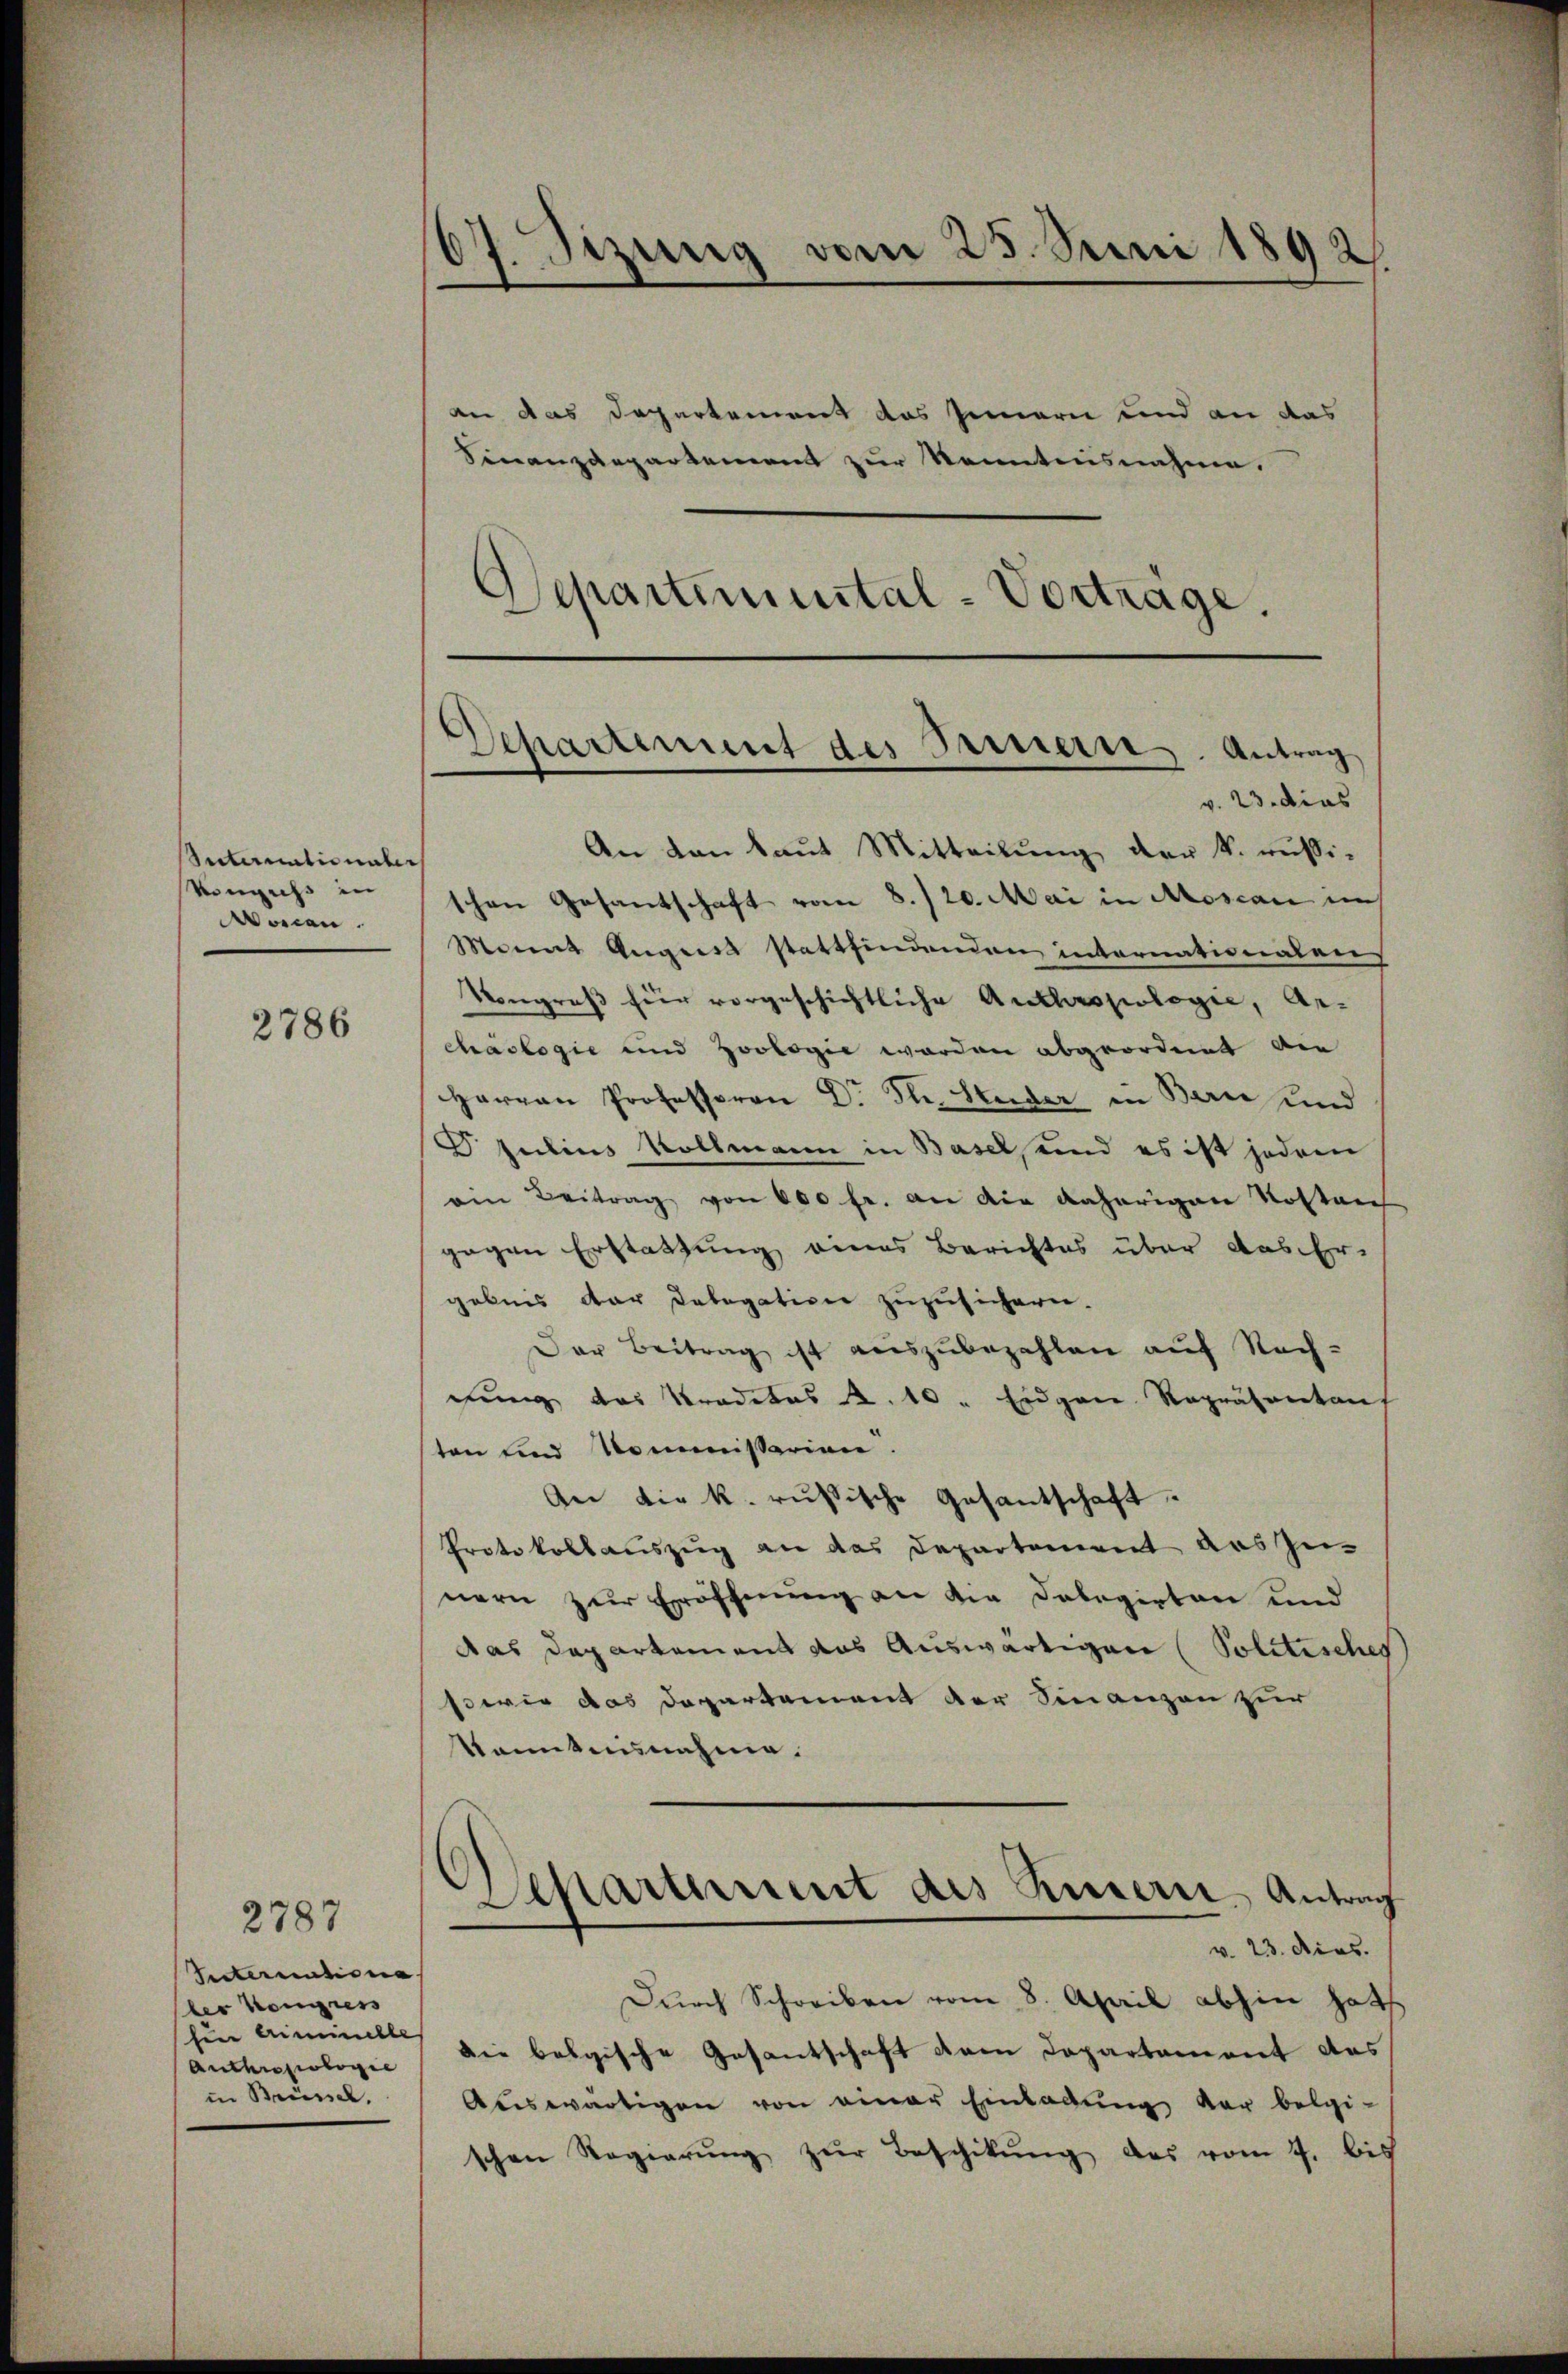
Suternationalers
Könguss in
wonen.

2786

2787
Internatione
der Kongress
fin Griminelle
Anthropologie
in Brüssel.

67. Sizung vom 25. Juni 1892.

an das Departement das Innern und an das
Finanzdepartement zur Kenntnisnahme.
Separtinuital-Vorträge.

v. 23. dies
An den laut Mitteilung der k. russi-
schen Gesantschaft vom 8./20. Mai in Moscan mus
Monat August stattfindenden internationalens
Vongruß hier vorgeschichtliche Anthropologie, Ar-
chäologie und Zoologie worden abgeordnet die
Herren Professoren Dr. Th. Studer in Bern und
Julius Vollmann in Basel, und es ist jedem
ein Beitrag von 600 fr. an die daherigen Kosten
gegen Erstattung eines Berichtes über aus Er-
gebnis dar Delegation zuzusichern.
Der Beitrag ist auszubezahlen auf Nachdung des Praditas R. 10. Erdgan Repräsentant
ten und Kommissarien.
An die k. russische Gesantschaft
Protokollauszug an das Departement das Zu-
nern zur Eröffnung an die Delegirten und
das Departement das Auswärtigen (Politisches
sowie das Dapartement der Finanzen zur
kanntnisnahme.
v. 23. dies.
Durch Schreiben vom 8. April abhin hat
die belgische Gesantschaft dem Departement des
Auswärtigen von einer Einladung der belgi-
schen Regierŭng zŭr Beschikŭng das vom 4. bis

Departement des Bernern. Antrag

Separtement des Kindern Antrag